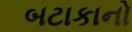
બટાકાનો